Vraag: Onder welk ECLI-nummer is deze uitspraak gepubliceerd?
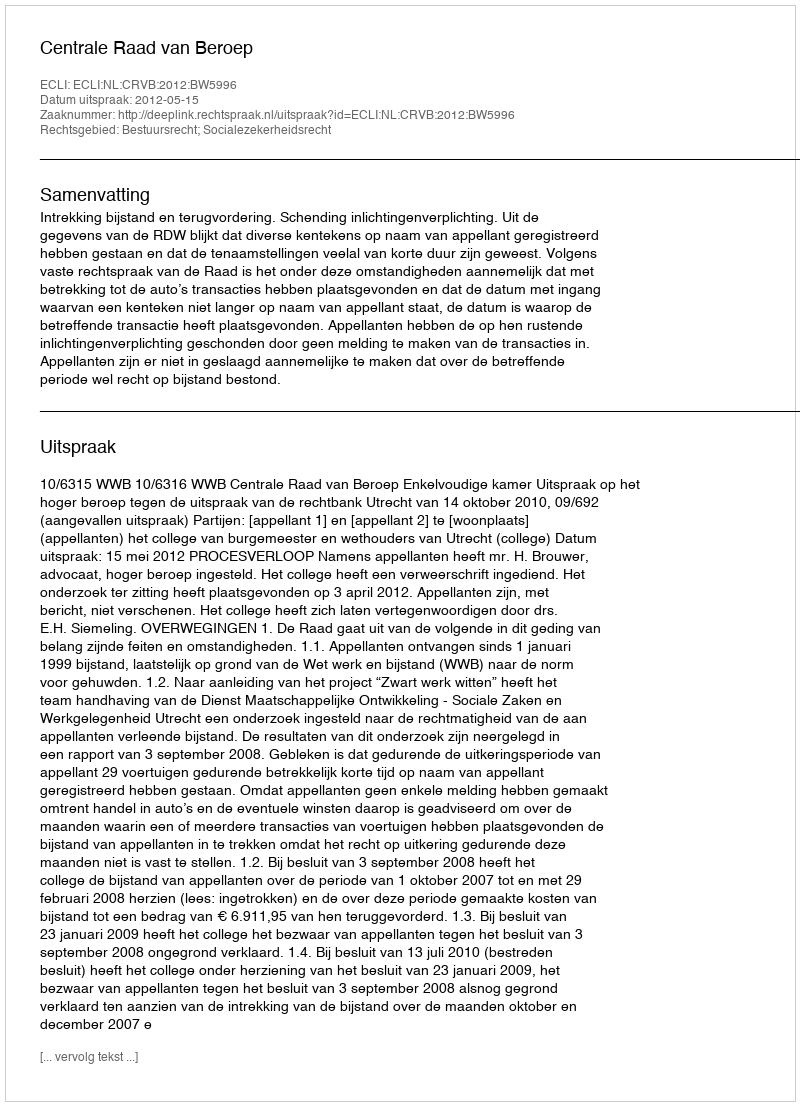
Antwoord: ECLI:NL:CRVB:2012:BW5996